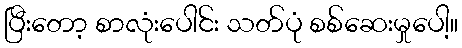
ပြီးတော့ စာလုံးပေါင်း သတ်ပုံ စစ်ဆေးမှုပေါ့။